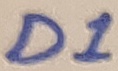
Text: D!